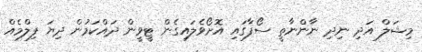
މިޝަލް އަދި ނިދި ނާންނާތީ ސޯފާގައި އޮށޯވެލައިގެން ޓީވީން ދައްކަމުން ދިޔަ ފިލްމެއް